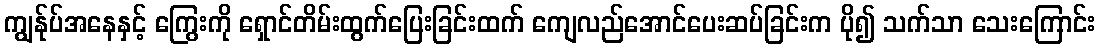
ကျွန်ုပ်အနေနှင့် ကြွေးကို ရှောင်တိမ်းထွက်ပြေးခြင်းထက် ကျေလည်အောင်ပေးဆပ်ခြင်းက ပို၍ သက်သာ သေးကြောင်း